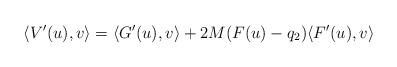
LaTeX: \begin{align*}\langle V'(u),v\rangle=\langle G'(u),v\rangle+2M(F(u)-q_2)\langle F'(u),v\rangle\end{align*}